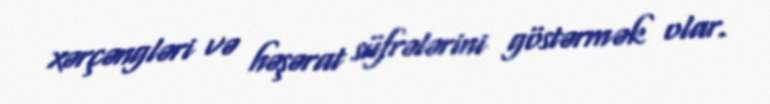
xərçəngləri və həşərat süfrələrini göstərmək olar.